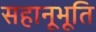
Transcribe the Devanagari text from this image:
सहानूभूति